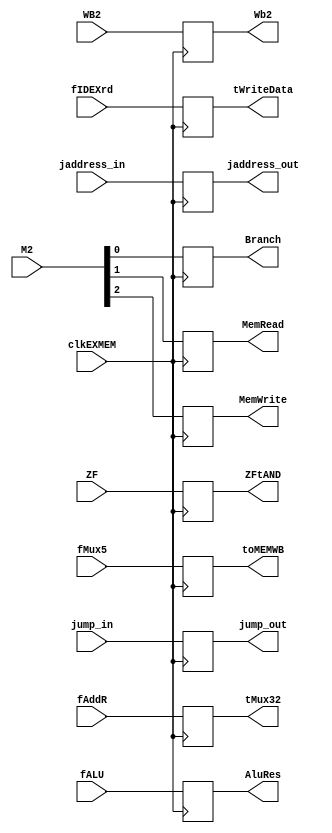
`timescale 1ns/1ns

module EXMEM(
	input clkEXMEM,
	input [1:0]WB2,					//Wb2
	input [2:0]M2, 					//Branch / MemRead / MemWrite
	input [31:0]fAddR,				//tMux32
	input ZF,						//ZFtAND
	input [31:0]fALU,				//AluRes
	input [31:0]fIDEXrd,			//tWriteData
	input [4:0]fMux5,				//toMEMWB
	input jump_in,
	input [31:0]jaddress_in,
	output reg[1:0]Wb2,
	output reg Branch,
	output reg MemRead,
	output reg MemWrite,
	output reg [31:0]tMux32,
	output reg ZFtAND,
	output reg [31:0]AluRes,
	output reg [31:0]tWriteData,
	output reg [4:0]toMEMWB,
	output reg jump_out,
	output reg [31:0] jaddress_out
);

always @(posedge clkEXMEM) 
begin
	Wb2 = WB2;
	Branch = M2[0];
	MemRead = M2[1];
	MemWrite = M2[2];
	tMux32 = fAddR;
	ZFtAND = ZF;
	AluRes = fALU;
	tWriteData = fIDEXrd;
	toMEMWB = fMux5;
	jump_out = jump_in;
	jaddress_out = jaddress_in;
end

endmodule